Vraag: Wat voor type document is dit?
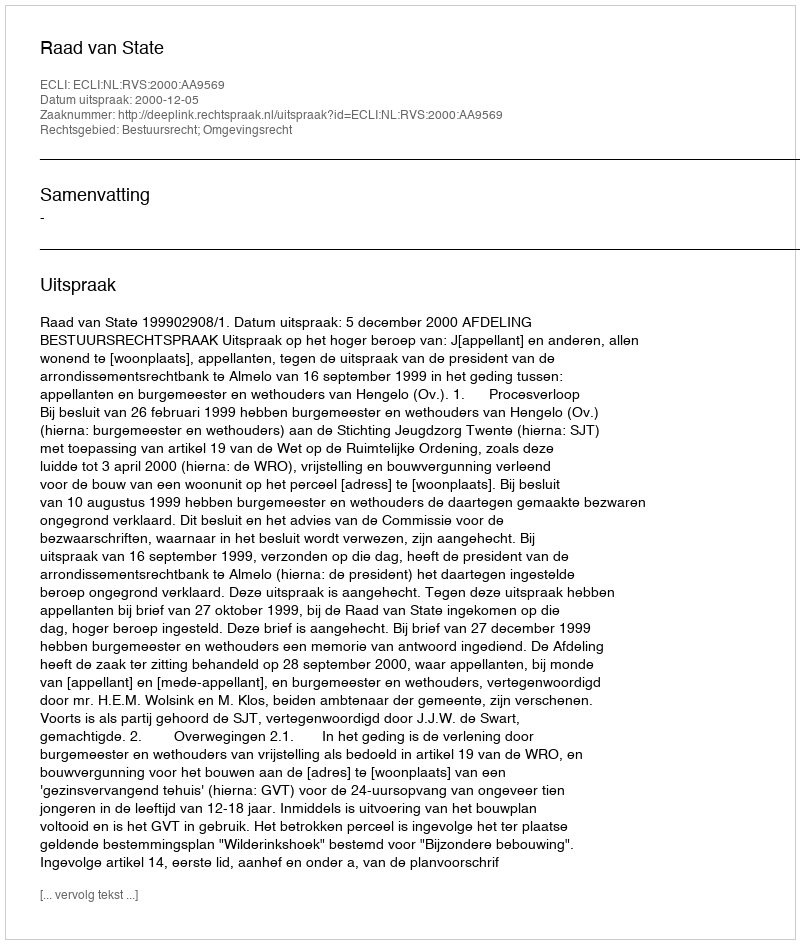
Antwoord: Uitspraak